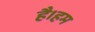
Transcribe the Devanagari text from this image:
है।हम